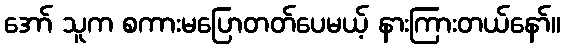
အော် သူက စကားမပြောတတ်ပေမယ့် နားကြားတယ်နော်။